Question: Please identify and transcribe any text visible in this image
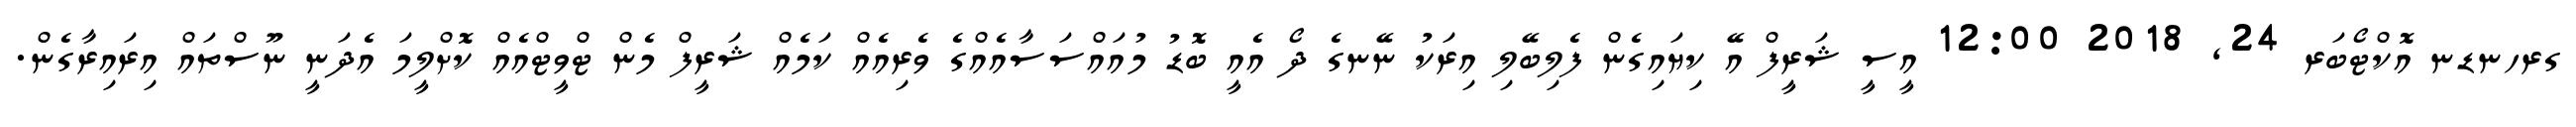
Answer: ގރހނޑނ އޮކްޓޯބަރ 24, 2018 12:00 އީސީ ޝަރީފް އޭ ކިޔައިގެން ފެލިބޭލި އިރަކު ނޭނގެ ދޯ އެއީ ބޮޑު މުއައްސަސާއެއްގެ ވެރިއެއް ކަމެއް ޝަރީފް މެން ޓްވީޓްއެއް ކޮށްލީމަ އެދަނީ ނޫސްތައް އިރައިރާގެން.